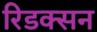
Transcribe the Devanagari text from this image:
रिडक्सन